Rangoon Lunatic Asylum 1878-1892 - 1878-1892
Year: 1878
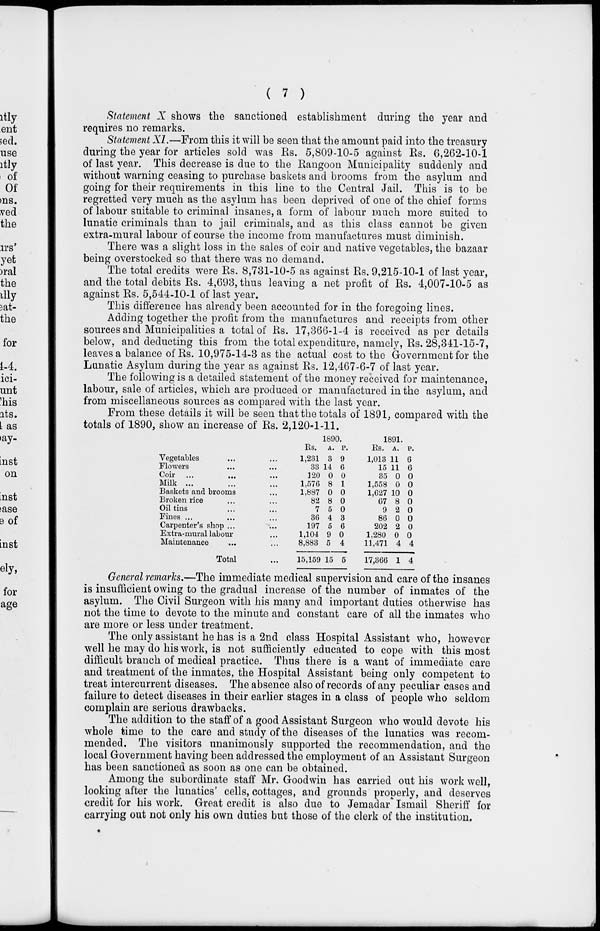
( 7 )
Statement X shows the sanctioned establishment during the year and
requires no remarks.
Statement XI.—From this it will be seen that the amount paid into the treasury
during the year for articles sold was Rs. 5,809-10-5 against Rs. 6,262-10-1
of last year. This decrease is due to the Rangoon Municipality suddenly and
without warning ceasing to purchase baskets and brooms from the asylum and
going for their requirements in this line to the Central Jail. This is to be
regretted very much as the asylum has been deprived of one of the chief forms
of labour suitable to criminal insanes, a form of labour much more suited to
lunatic criminals than to jail criminals, and as this class cannot be given
extra-mural labour of course the income from manufactures must diminish.
There was a slight loss in the sales of coir and native vegetables, the bazaar
being overstocked so that there was no demand.
The total credits were Rs. 8,731-10-5 as against Rs. 9,215-10-1 of last year,
and the total debits Rs. 4,693, thus leaving a net profit of Rs. 4,007-10-5 as
against Rs. 5,544-10-1 of last year.
This difference has already been accounted for in the foregoing lines.
Adding together the profit from the manufactures and receipts from other
sources and Municipalities a total of Rs. 17,366-1-4 is received as per details
below, and deducting this from the total expenditure, namely, Rs. 28,341-15-7,
leaves a balance of Rs. 10,975-14-3 as the actual cost to the Government for the
Lunatic Asylum during the year as against Rs. 12,467-6-7 of last year.
The following is a detailed statement of the money received for maintenance,
labour, sale of articles, which are produced or manufactured in the asylum, and
from miscellaneous sources as compared with the last year.
From these details it will be seen that the totals of 1891, compared with the
totals of 1890, show an increase of Rs. 2,120-1-11.
Vegetables ... ...
Flowers ... ...
Coir ... ... ...
Milk ... ... ...
Baskets and brooms ...
Broken rice ... ...
Oil tins ... ...
Fines ... ... ...
Carpenter's shop ... ...
Extra-mural labour ...
Maintenance ... ...
Total ...
1890.
Rs.
1,231
33
120
1,576
1,887
82
7
36
197
1,104
8,883
15,159
A.
3
14
0
8
0
8
5
4
5
9
5
15
P.
9
6
0
1
0
0
0
3
6
0
4
5
1891.
Rs.
1,013
15
35
1,558
1,627
67
9
86
202
1,280
11,471
17,366
A.
11
11
0
0
10
8
2
0
2
0
4
1
P.
6
6
0
0
0
0
0
0
0
0
4
4
General remarks.—The immediate medical supervision and care of the insanes
is insufficient owing to the gradual increase of the number of inmates of the
asylum. The Civil Surgeon with his many and important duties otherwise has
not the time to devote to the minute and constant care of all the inmates who
are more or less under treatment.
The only assistant he has is a 2nd class Hospital Assistant who, however
well he may do his work, is not sufficiently educated to cope with this most
difficult branch of medical practice. Thus there is a want of immediate care
and treatment of the inmates, the Hospital Assistant being only competent to
treat intercurrent diseases. The absence also of records of any peculiar cases and
failure to detect diseases in their earlier stages in a class of people who seldom
complain are serious drawbacks.
The addition to the staff of a good Assistant Surgeon who would devote his
whole time to the care and study of the diseases of the lunatics was recom-
mended. The visitors unanimously supported the recommendation, and the
local Government having been addressed the employment of an Assistant Surgeon
has been sanctioned as soon as one can be obtained.
Among the subordinate staff Mr. Goodwin has carried out his work well,
looking after the lunatics' cells, cottages, and grounds properly, and deserves
credit for his work. Great credit is also due to Jemadar Ismail Sheriff for
carrying out not only his own duties but those of the clerk of the institution.